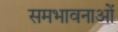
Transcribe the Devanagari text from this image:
समभावनाओं